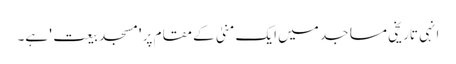
انہی تاریخی مساجد میں ایک منیٰ کے مقام پر 'مسجد بیعت' ہے۔